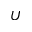
U